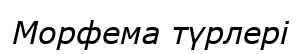
Морфема түрлері